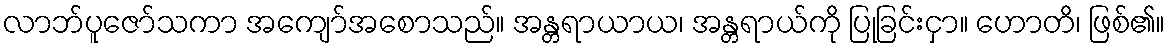
လာဘ်ပူဇော်သကာ အကျော်အစောသည်။ အန္တရာယာယ၊ အန္တရာယ်ကို ပြုခြင်းငှာ။ ဟောတိ၊ ဖြစ်၏။